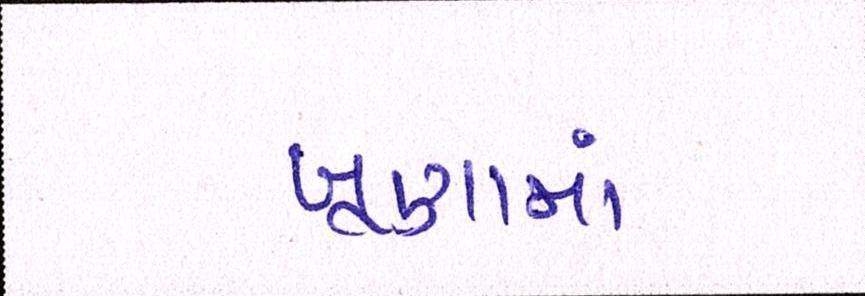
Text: ખૂણામાં